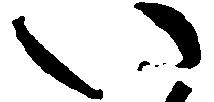
い